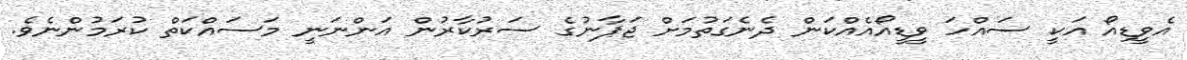
އެވީޑިއޯ އަކީ ސައްހަ ވީޑީއޯއެއްކަން ދެނެގަތުމަށް ޖަޕާނުގެ ސަރުކާރުން އަންނަނީ މަސައްކަތް ކުރަމުންނެވެ.